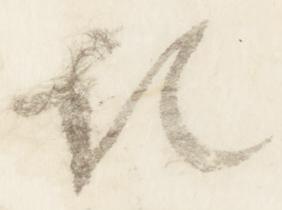
記